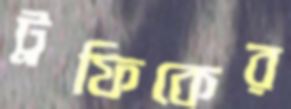
ট্রফিকের